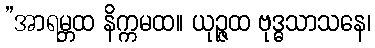
”အာရမ္ဘထ နိက္ကမထ။ ယုဉ္ဇထ ဗုဒ္ဓသာသနေ၊